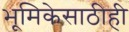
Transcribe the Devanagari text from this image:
भूमिकेसाठीही